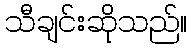
သီချင်းဆိုသည်။